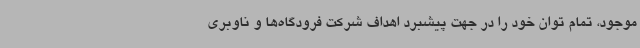
موجود، تمام توان خود را در جهت پیشبرد اهداف شرکت فرودگاه‌ها و ناوبری